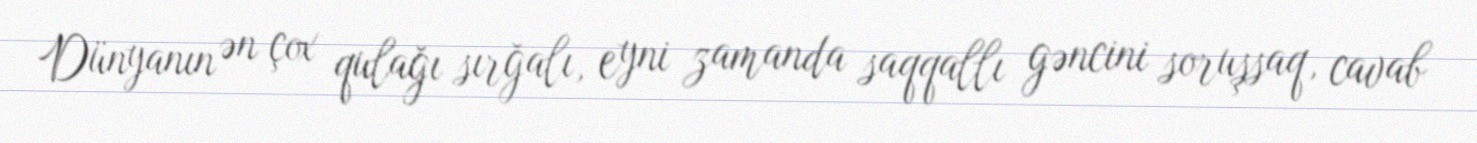
Dünyanın ən çox qulağı sırğalı, eyni zamanda saqqallı gəncini soruşsaq, cavab